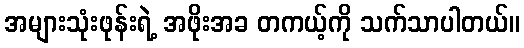
အများသုံးဖုန်းရဲ့ အဖိုးအခ တကယ့်ကို သက်သာပါတယ်။